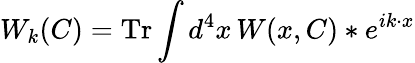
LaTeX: W_{k}(C)=\mathrm{Tr}\int d^{4}x\, W(x,C)\ast e^{ik\cdot x}